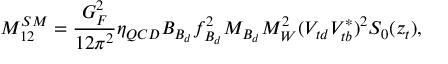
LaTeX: M _ { 1 2 } ^ { S M } = \frac { G _ { F } ^ { 2 } } { 1 2 \pi ^ { 2 } } \eta _ { Q C D } B _ { B _ { d } } f _ { B _ { d } } ^ { 2 } M _ { B _ { d } } M _ { W } ^ { 2 } ( V _ { t d } V _ { t b } ^ { * } ) ^ { 2 } S _ { 0 } ( z _ { t } ) ,